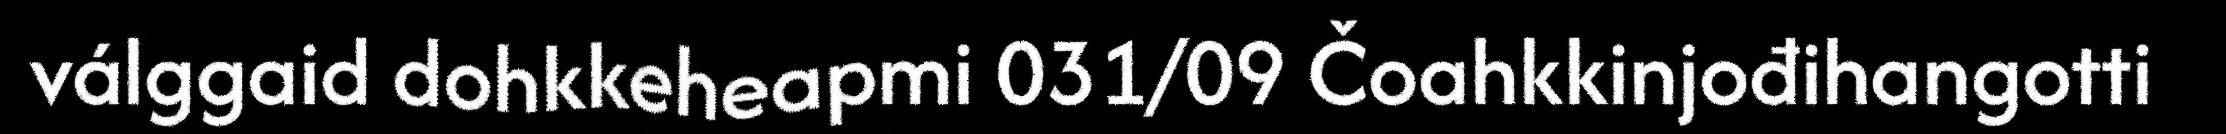
válggaid dohkkeheapmi 031/09 Čoahkkinjođihangotti